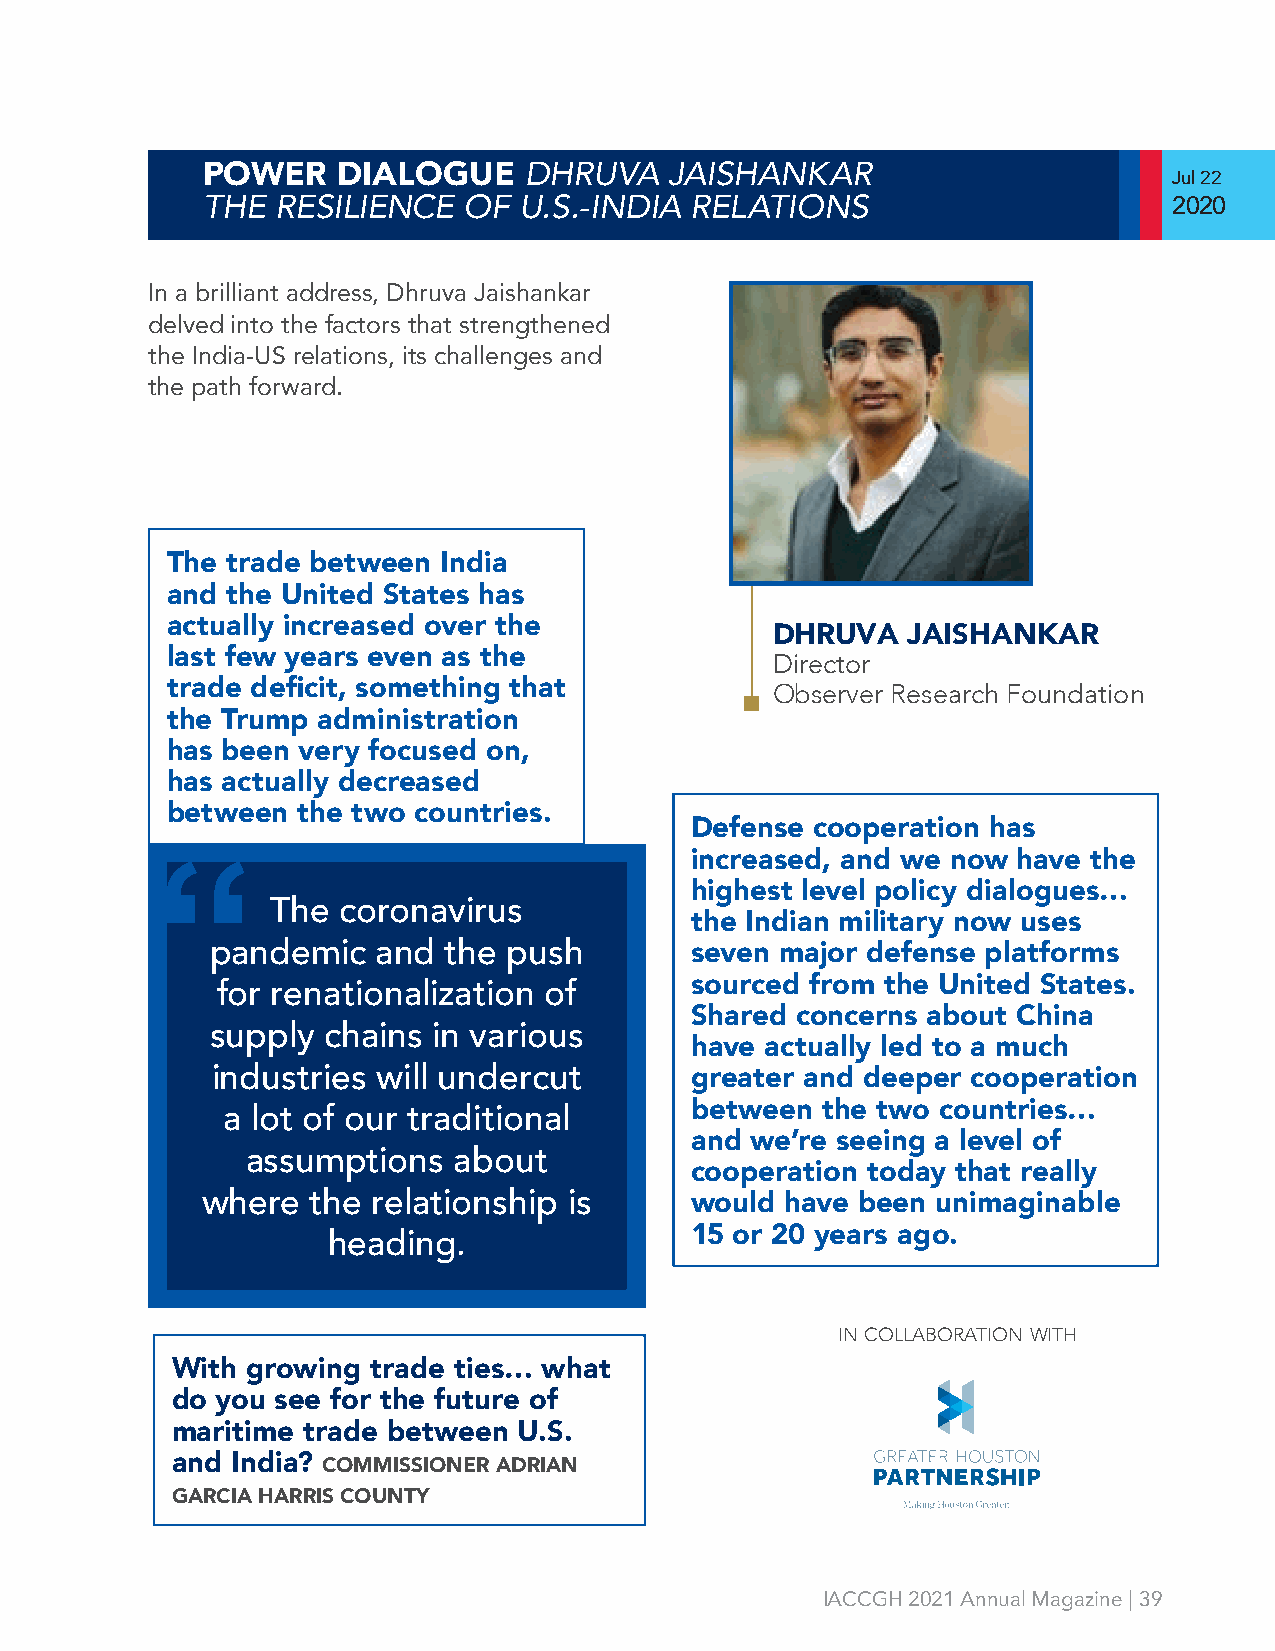
DHRUVA   JAISHANKAR
 POWER    DIALOGUE
 Jul 22
 THE  RESILIENCE   OF U.S.-INDIA  RELATIONS                       2020
 In a brilliant address, Dhruva Jaishankar
 delved into the factors that strengthened
 the India-US relations, its challenges and
 the path forward.
 The trade between India
 and the United States has
 actually increased over the
 DHRUVA   JAISHANKAR
 last few years even as the              Director
 trade deficit, something that           Observer Research Foundation
 the Trump administration
 has been very focused on,
 has actually decreased
 between  the two countries.
 Defense cooperation has
 increased, and we now have the
 “                                   highest level policy dialogues…
 The coronavirus
 the Indian military now uses
 pandemic   and the  push        seven major defense platforms
 sourced from the United States.
 for renationalization of
 Shared concerns about China
 supply chains  in various
 have actually led to a much
 industries will undercut        greater and deeper cooperation
 between the two countries…
 a lot of our traditional
 and we’re seeing a level of
 assumptions   about
 cooperation today that really
 where   the relationship is      would have been unimaginable
 15 or 20 years ago.
 heading.
 in collaboration with
 With growing  trade ties… what
 do you see for the future of
 maritime trade between U.S.
 and India? COMMISSIONER ADRIAN
 GARCIA HARRIS COUNTY
 IACCGH 2021 Annual Magazine | 39